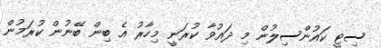
ސިޓީ ކައުންސިލުން މި ދައުވާ ކުރަނީ މިހާރު އެ ބިން ބޭނުން ކުރަމުން